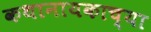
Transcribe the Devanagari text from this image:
कथानायकाच्या